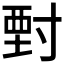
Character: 𡬵